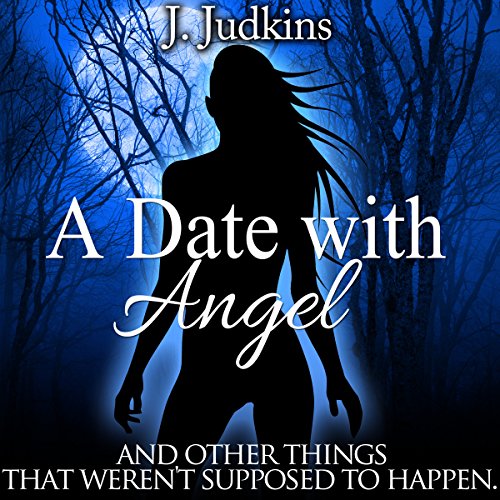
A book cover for A Date with Angel: And Other Things That Weren't Supposed to Happen; J. Judkins; Romance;